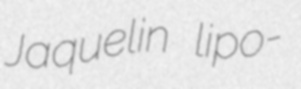
Jaquelin lipo-